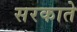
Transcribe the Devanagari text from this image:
सरकाते